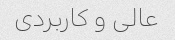
عالی و کاربردی